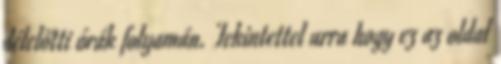
délelőtti órák folyamán. Tekintettel arra hogy ez az oldal